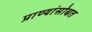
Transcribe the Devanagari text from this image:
प्राण्यांसोबत